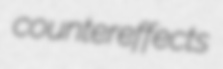
countereffects